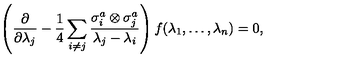
\left( { \frac { \partial } { \partial \lambda _ { j } } } - { \frac { 1 } { 4 } } \sum _ { i \neq j } { \frac { \sigma _ { i } ^ { a } \otimes \sigma _ { j } ^ { a } } { \lambda _ { j } - \lambda _ { i } } } \right) f ( \lambda _ { 1 } , \ldots , \lambda _ { n } ) = 0 ,